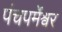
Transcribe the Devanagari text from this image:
पंचपर्मेश्वर